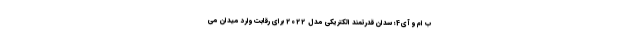
ب ام و آی4؛ سدان قدرتمند الکتریکی مدل 2022 برای رقابت وارد میدان می